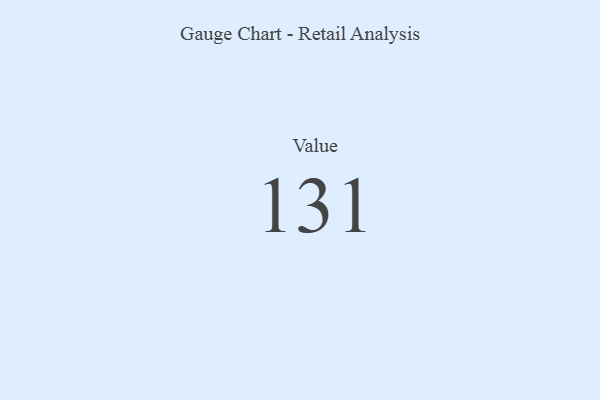
{"axis": {"x": "Metric", "y": "Value"}, "legend": [""], "data": [{"x": "Value", "y": 131, "type": ""}]}